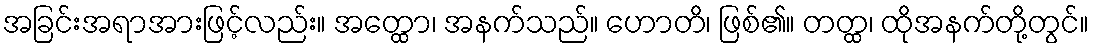
အခြင်းအရာအားဖြင့်လည်း။ အတ္ထော၊ အနက်သည်။ ဟောတိ၊ ဖြစ်၏။ တတ္ထ၊ ထိုအနက်တို့တွင်။